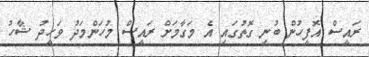
ރައީސް އޮފީހުން ބުނި ގޮތުގައި އެ މަގާމަށް ރައީސް މުހަންމަދު ވަހީދު ޝާހު